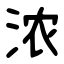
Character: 浓